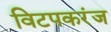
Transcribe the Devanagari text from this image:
विटपकरंज